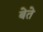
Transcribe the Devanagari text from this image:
बेते